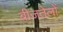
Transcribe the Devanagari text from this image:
बीजतेलों